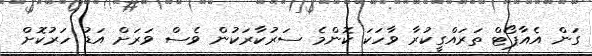
ގަން އެއާޕޯޓް ތަރައްގީކުރާ ވާހަކަ ކޮންމެ ސަރުކާރަކުން ވެސް ވަރަށް އަޑު ހަރުކޮށް